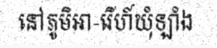
នៅភូមិអា-រើហ៍ឃុំឡាំង